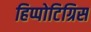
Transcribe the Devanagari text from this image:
हिप्पोटिग्रिस